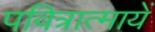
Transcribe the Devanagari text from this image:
पवित्रात्मायें